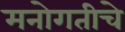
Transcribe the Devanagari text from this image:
मनोगतीचे